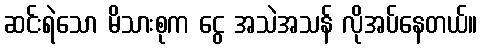
ဆင်းရဲသော မိသားစုက ငွေ အသဲအသန် လိုအပ်နေတယ်။